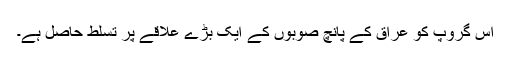
اس گروپ کو عراق کے پانچ صوبوں کے ایک بڑے علاقے پر تسلط حاصل ہے۔